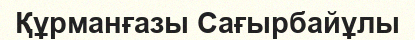
Құрманғазы Сағырбайұлы